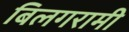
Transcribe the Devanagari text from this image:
बिलगरामी